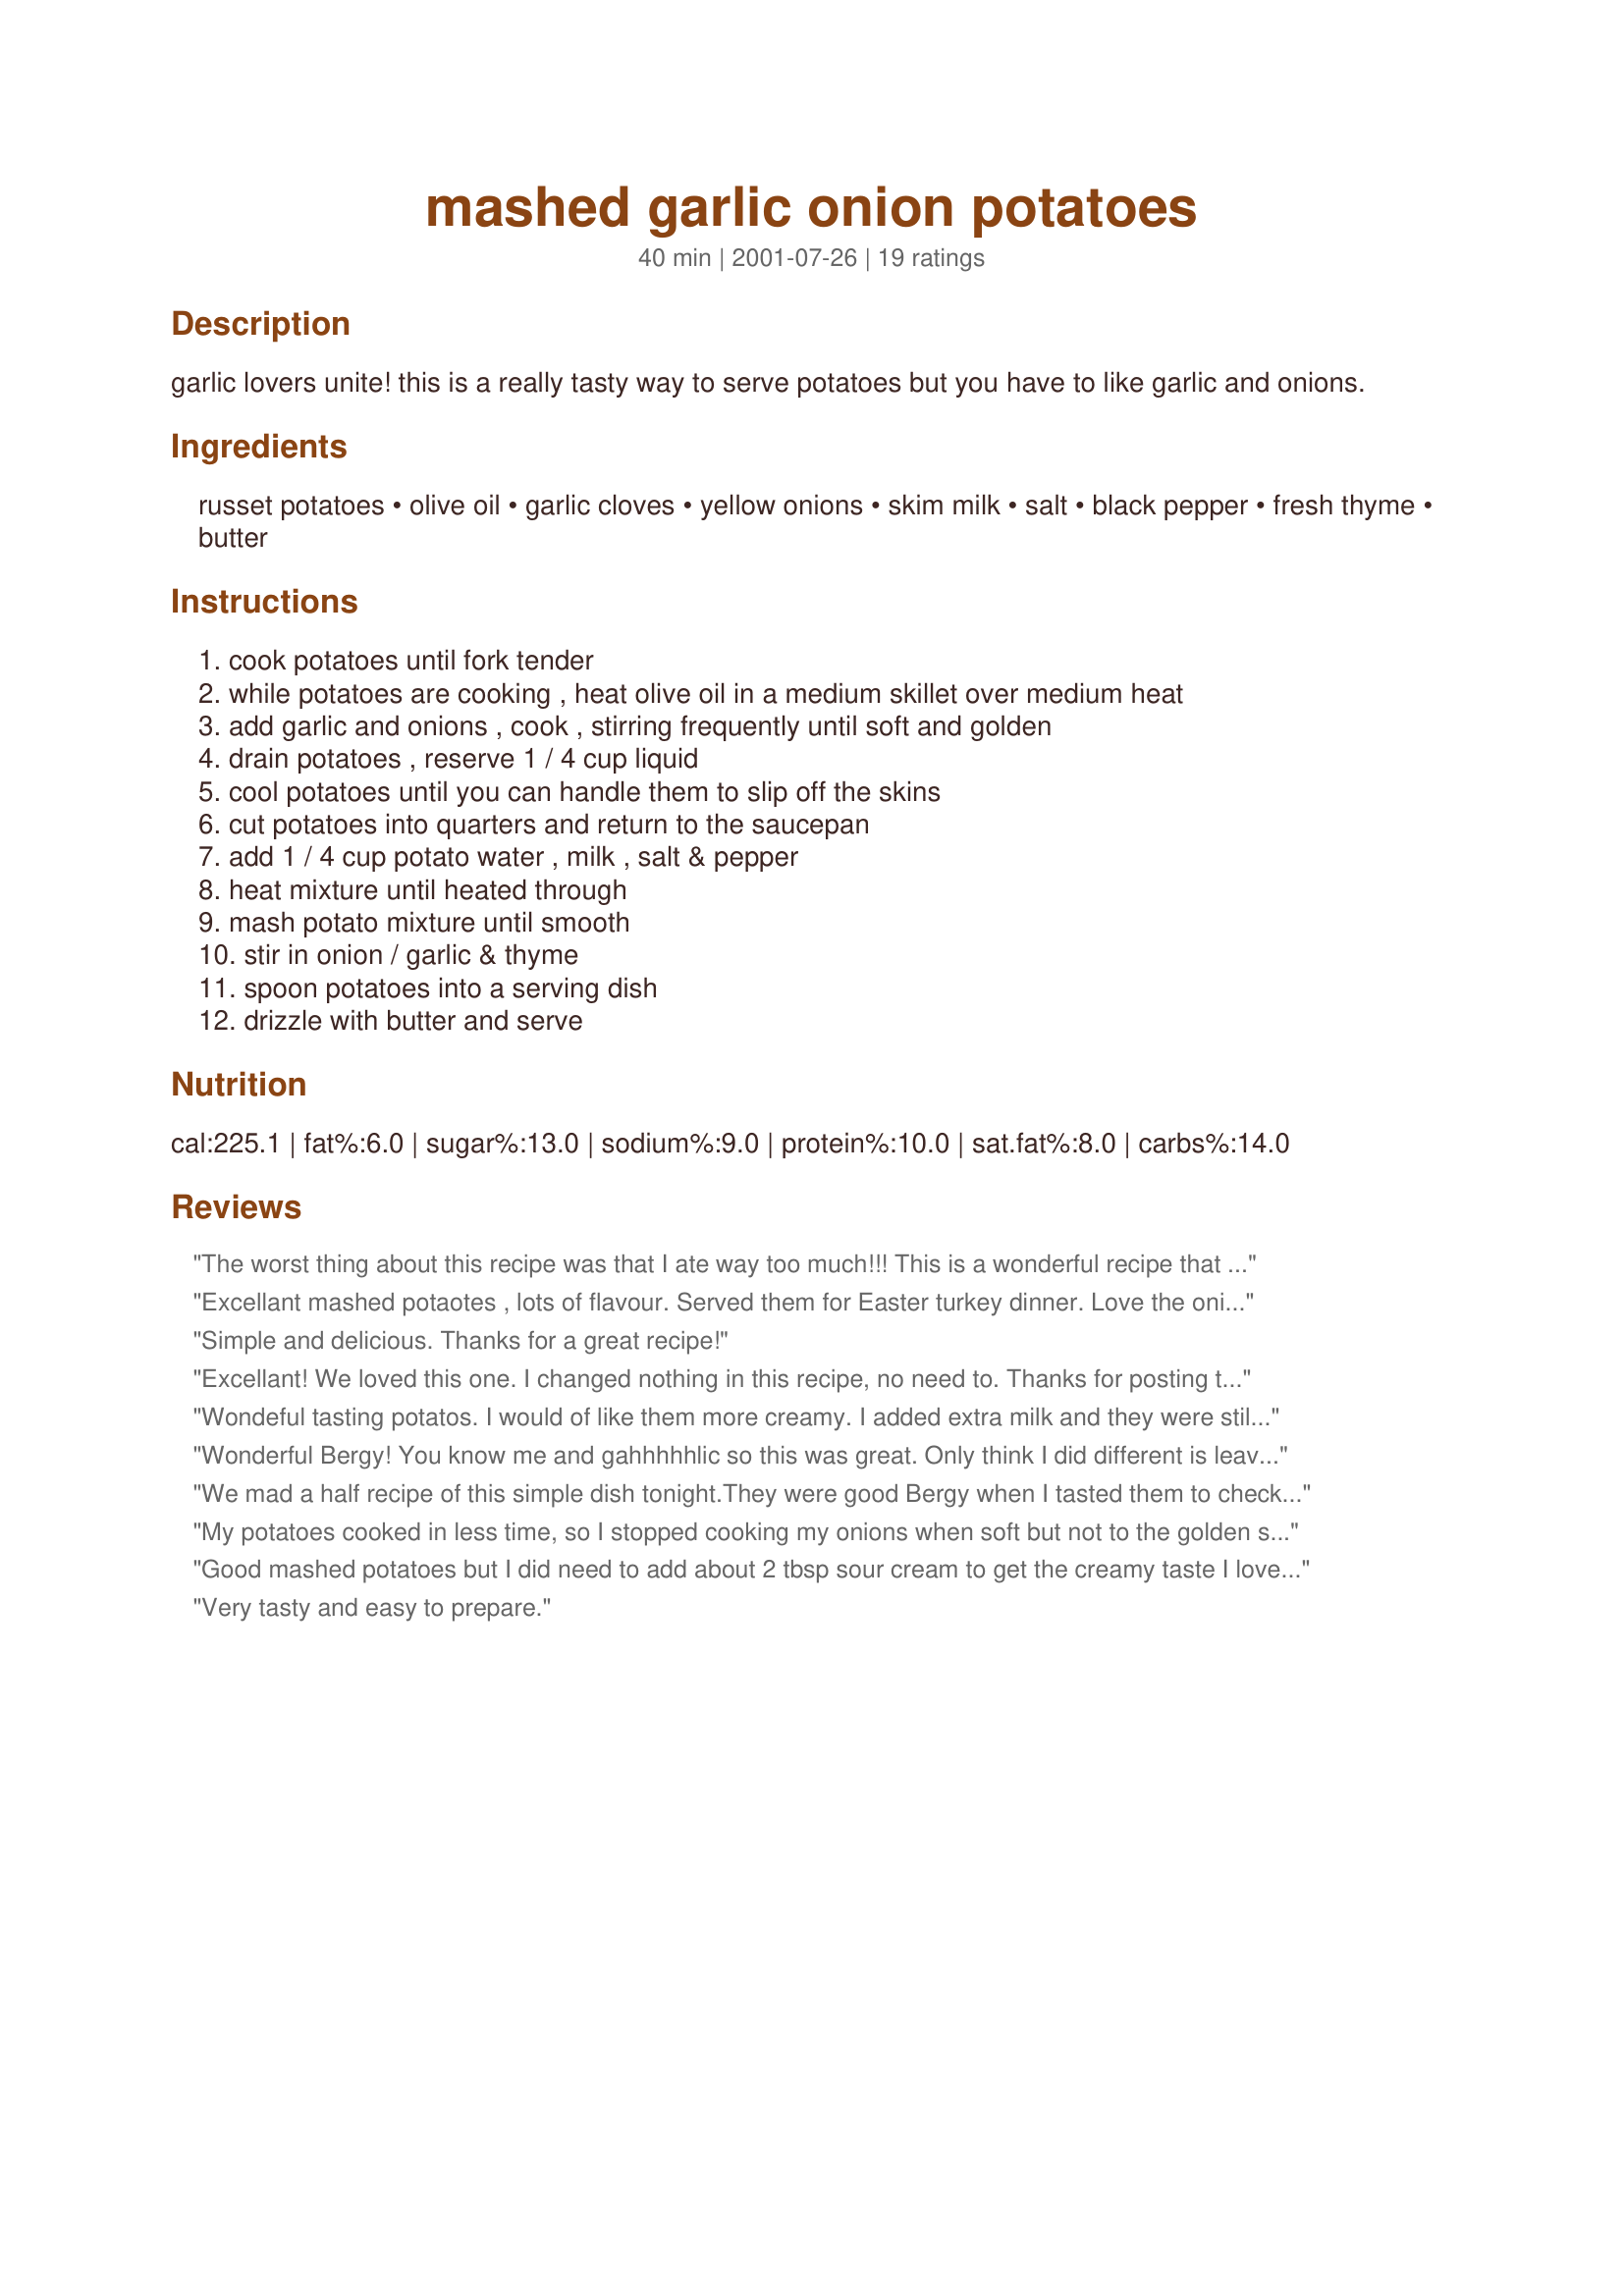
mashed garlic onion potatoes
Preparation time: 40 minutes

garlic lovers unite! this is a really tasty way to serve potatoes but you have to like garlic and onions.

Ingredients:
russet potatoes, olive oil, garlic cloves, yellow onions, skim milk, salt, black pepper, fresh thyme, butter

Steps:
cook potatoes until fork tender, while potatoes are cooking , heat olive oil in a medium skillet over medium heat, add garlic and onions , cook , stirring frequently until soft and golden, drain potatoes , reserve 1 / 4 cup liquid, cool potatoes until you can handle them to slip off the skins, cut potatoes into quarters and return to the saucepan, add 1 / 4 cup potato water , milk , salt & pepper, heat mixture until heated through, mash potato mixture until smooth, stir in onion / garlic & thyme, spoon potatoes into a serving dish, drizzle with butter and serve

Reviews:
The worst thing about this recipe
was that I ate way too much!!!
This is a wonderful recipe that
I will be definitely be making again. Thank You so much!!
Excellant mashed potaotes , lots of flavour. Served them for Easter turkey dinner. Love the onion garlic combo, I was out of thyme and will try it next time and i will be making them again. Also left off the last drizzle of butter to save a few calories. Thanks for posting!!
Simple and delicious. Thanks for a great recipe!
Excellant! We loved this one. I changed nothing in this recipe, no need to. Thanks for posting this for us to try.
Wondeful tasting potatos. I would of like them more creamy. I added extra milk and they were still a little dry.
Wonderful Bergy! You know me and gahhhhhlic so this was great. Only think I did different is leave some of the skins on. I served this with a garlic & herb pork roast and oh la la! Thanks!
We mad a half recipe of this simple dish tonight.They were good Bergy when I tasted them to check the seasonings, but they got lost when served with our very richly flavoured shanks. I'll make them again with a less dominating main dish.
My potatoes cooked in less time, so I stopped cooking my onions when soft but not to the golden stage and you definitely could notice a few crunches now and then....which wasn't appealing to the kids. Also, I used dried thyme and ground up with my mortar and pestle to release more flavor, but still the taste got swallowed by the juices from my roast. Next time, as JanRoundOz suggests, serve with a less dominating entree, like baked chicken or fish. PS-I think I used 8 cloves of garlic, too......yum! Thanks Bergy, I'm a fan!
Good mashed potatoes but I did need to add about 2 tbsp sour cream to get the creamy taste I love in mashed. Next time I will skip the water, and use all milk.
Very tasty and easy to prepare.
This was soooo wonderful, Bergy! 6 cloves of garlic is NOT too much, and it made those Texas 1015 onions taste fabulous. This will be my new comfort food. So easy, and so good! Thanks for sharing your recipe.
These potatoes were served as part of my Thanksgiving dinner. Whoever said that low fat also meant low in flavor had not tried these potatoes. The lone tablespoon of butter and skim milk is plenty for creamy rich potatoes. I used white rose potatoes, scrubbed and cut in quarters before cooking. The onions were some Vadilla onions that I had caramelized a few months back and placed in the freezer. This is a nice low fat, full flavor dish. Thanks!
Very easy to make, and absolutely delicious. By not using a ton of butter (like many other recipes), you make a healthier entree. Maybe add a little more milk to ensure that the potatoes are not too dry; otherwise, an amazing dish. Highly recommended.
Beats plain mashed potatoes all to pieces. Thank you.
Great though I took some liberties with the seasonings. Dropped the Thyme and used evaporated milk in place of the skim, but otherwise was spot on and got rave reviews from the roommates :D
Very tasty. Will try again.
This was wonderful, and very easy. The fresh Thyme made the recipe. I left the skins on because we like a heartier mashed potato. Thank you very much!
Great taters. I followed the recipe exactly except I put potatoes through a ricer instead of mashing them. I also used 1% milk. The onions and garlic turn ordinary potatoes into something special. I served them with roast turkey, stuffing, carrots and green beans. Will be making many more times. Thanks Bergy.
Yummy
